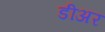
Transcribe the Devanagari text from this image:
डीअर